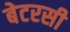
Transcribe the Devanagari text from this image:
बेटरसी